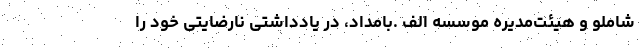
شاملو و هیئت‌مدیره موسسه الف .بامداد، در یادداشتی نارضایتی خود را